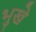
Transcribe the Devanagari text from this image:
भुखे